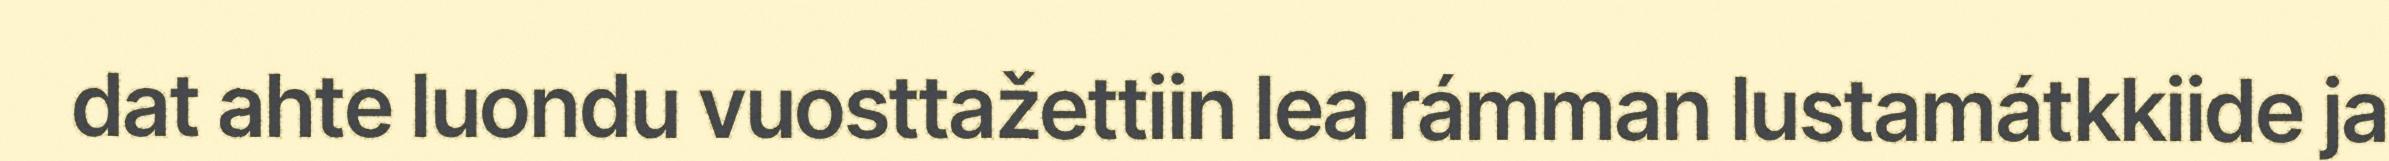
dat ahte luondu vuosttažettiin lea rámman lustamátkkiide ja